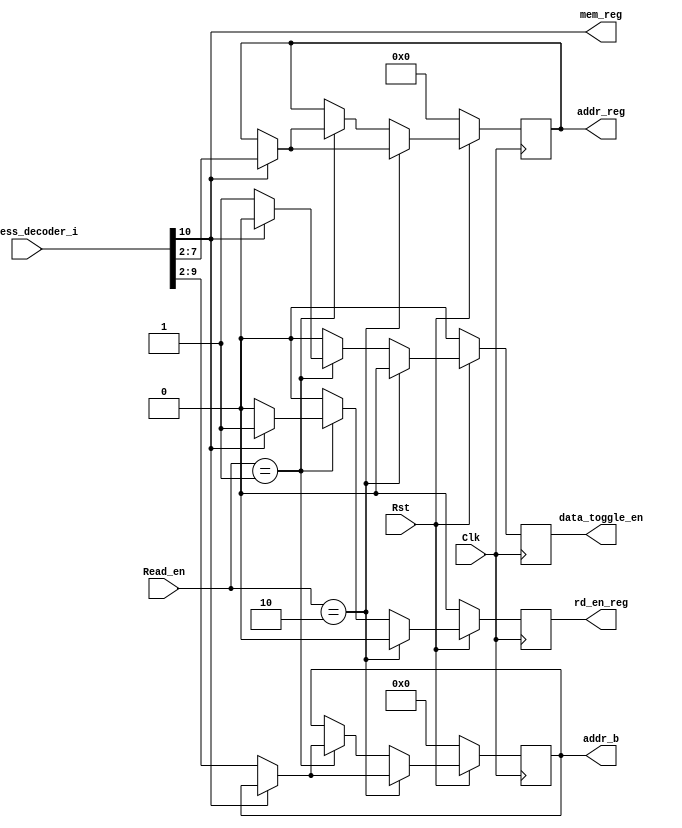

module decoder(
  input                 Clk,Rst,
  input 	       [31:0]  address_decoder_i,
  input         [1:0] 	 Read_en,
  output reg  	      	  rd_en_reg, 
  output reg    [7:0]   addr_b,
  output reg    [5:0]   addr_reg,
  output                mem_reg,
  output reg            data_toggle_en
  );
 

always @(posedge Clk)
begin
  if(!Rst) begin
    rd_en_reg = 1'b0;
    addr_b = 'b0;
    addr_reg = 'b0;
    data_toggle_en <= 1'b0;
  end
else
  begin
  data_toggle_en <=1'b0;
  rd_en_reg = 1'b0;
  if(Read_en == 2'b10) // busses to usb "write"
    begin
      if(!mem_reg) // write in memory
        begin
	        addr_b = address_decoder_i[9:0]>>2;
       end
     // if it is writing in memory, we decode the address "send only the fisrt 6 bits" to the register file
      else 
        begin
	        addr_reg = address_decoder_i[7:0]>>2;
        end
     end
     // if it is reading operation from UHCI, we check if it is reading from memory or register file and then decode the address
     // we also enable the data toggle module in case of reading from memory
     // we also assert the rd_en_reg when reading from register file
  else if (Read_en == 2'b01)// usb to busses
    begin
    // read from memory
      if(!mem_reg)
        begin
	      addr_b = address_decoder_i[9:0]>>2;
	      data_toggle_en <= 1'b1;
	      rd_en_reg = 1'b0;
       end
    // read from registers
      else 
        begin
          rd_en_reg = 1'b1 ;
	        addr_reg = address_decoder_i[7:0]>>2;
        end
     end
     end
end

assign mem_reg = address_decoder_i[10];


endmodule